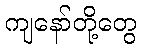
ကျနော်တို့တွေ